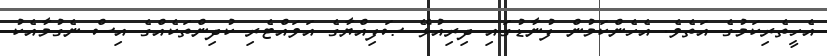
އެހީތެރިކަމުގެ އަތެވެ. އެހެންކަމުން ފުނާޑުގައި ދިރިއުޅޭ ޞަފިއްޔާގެ އަވައްޓެރި ކުދިންތަކެއްގެ އިސް ނެގުމާއެކު